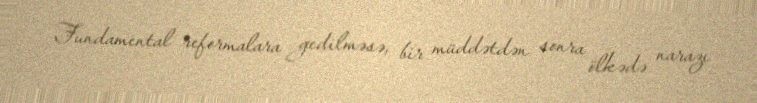
Fundamental reformalara gedilməsə, bir müddətdən sonra ölkədə narazı